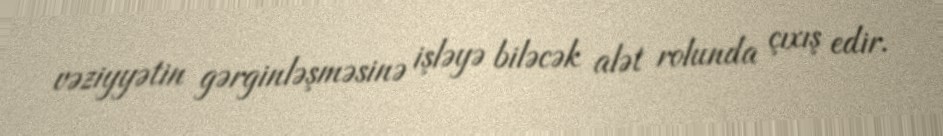
vəziyyətin gərginləşməsinə işləyə biləcək alət rolunda çıxış edir.